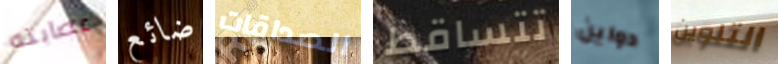
عصابته ضائع الصداقات تتساقط دواين التلوين